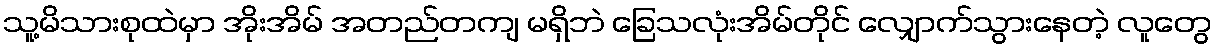
သူ့မိသားစုထဲမှာ အိုးအိမ် အတည်တကျ မရှိဘဲ ခြေသလုံးအိမ်တိုင် လျှောက်သွားနေတဲ့ လူတွေ